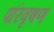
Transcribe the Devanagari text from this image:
परिवृषण